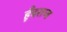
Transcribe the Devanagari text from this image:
हूँदराज